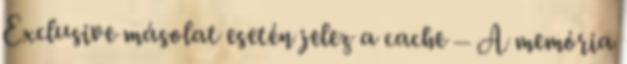
Exclusive másolat esetén jelez a cache – A memória